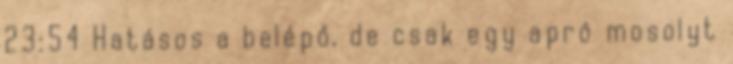
23:54 Hatásos a belépő, de csak egy apró mosolyt